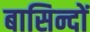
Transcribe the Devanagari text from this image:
बासिन्दों